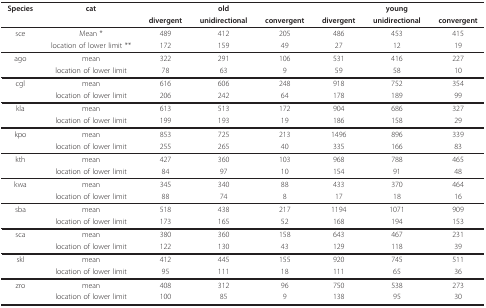
<table><thead><tr><td><b>Species</b></td><td><b>cat</b></td><td></td><td><b>old</b></td><td></td><td></td><td><b>young</b></td><td></td></tr><tr><td></td><td></td><td><b>divergent</b></td><td><b>unidirectional</b></td><td><b>convergent</b></td><td><b>divergent</b></td><td><b>unidirectional</b></td><td><b>convergent</b></td></tr></thead><tbody><tr><td>sce</td><td>Mean *</td><td>489</td><td>412</td><td>205</td><td>486</td><td>453</td><td>415</td></tr><tr><td></td><td>location of lower limit **</td><td>172</td><td>159</td><td>49</td><td>27</td><td>12</td><td>19</td></tr><tr><td>ago</td><td>mean</td><td>322</td><td>291</td><td>106</td><td>531</td><td>416</td><td>227</td></tr><tr><td></td><td>location of lower limit</td><td>78</td><td>63</td><td>9</td><td>59</td><td>58</td><td>10</td></tr><tr><td>cgl</td><td>mean</td><td>616</td><td>606</td><td>248</td><td>918</td><td>752</td><td>354</td></tr><tr><td></td><td>location of lower limit</td><td>206</td><td>242</td><td>64</td><td>178</td><td>189</td><td>99</td></tr><tr><td>kla</td><td>mean</td><td>613</td><td>513</td><td>172</td><td>904</td><td>686</td><td>327</td></tr><tr><td></td><td>location of lower limit</td><td>199</td><td>193</td><td>19</td><td>186</td><td>158</td><td>29</td></tr><tr><td>kpo</td><td>mean</td><td>853</td><td>725</td><td>213</td><td>1496</td><td>896</td><td>339</td></tr><tr><td></td><td>location of lower limit</td><td>255</td><td>265</td><td>40</td><td>335</td><td>166</td><td>83</td></tr><tr><td>kth</td><td>mean</td><td>427</td><td>360</td><td>103</td><td>968</td><td>788</td><td>465</td></tr><tr><td></td><td>location of lower limit</td><td>84</td><td>97</td><td>10</td><td>154</td><td>91</td><td>48</td></tr><tr><td>kwa</td><td>mean</td><td>345</td><td>340</td><td>88</td><td>433</td><td>370</td><td>464</td></tr><tr><td></td><td>location of lower limit</td><td>88</td><td>74</td><td>8</td><td>17</td><td>18</td><td>16</td></tr><tr><td>sba</td><td>mean</td><td>518</td><td>438</td><td>217</td><td>1194</td><td>1071</td><td>909</td></tr><tr><td></td><td>location of lower limit</td><td>173</td><td>165</td><td>52</td><td>168</td><td>194</td><td>153</td></tr><tr><td>sca</td><td>mean</td><td>380</td><td>360</td><td>158</td><td>643</td><td>467</td><td>231</td></tr><tr><td></td><td>location of lower limit</td><td>122</td><td>130</td><td>43</td><td>129</td><td>118</td><td>39</td></tr><tr><td>skl</td><td>mean</td><td>412</td><td>445</td><td>155</td><td>920</td><td>745</td><td>511</td></tr><tr><td></td><td>location of lower limit</td><td>95</td><td>111</td><td>18</td><td>111</td><td>65</td><td>36</td></tr><tr><td>zro</td><td>mean</td><td>408</td><td>312</td><td>96</td><td>750</td><td>538</td><td>273</td></tr><tr><td></td><td>location of lower limit</td><td>100</td><td>85</td><td>9</td><td>138</td><td>95</td><td>30</td></tr></tbody></table>